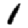
Digit: 1